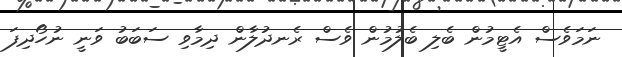
ނަމަވެސް އެޓީމުން ބެލި ބެލުމުން ވެސް ރެނދުލާން ދިމާވި ސަބަބު ވަނީ ނުހޯދިފަ